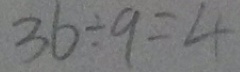
3 6 \div 9 = 4